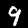
Label: 9